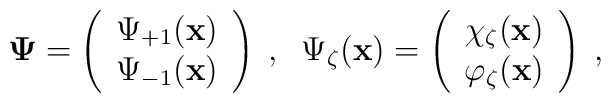
\mbox{\boldmath$\Psi$\unboldmath}=\left( \begin{array}{c}\Psi _{+1}({\bf x}) \\ \Psi _{-1}({\bf x})\end{array}\right) \;,\;\;\Psi _{\zeta }({\bf x})=\left( \begin{array}{c}\chi _{\zeta }({\bf x}) \\ \varphi _{\zeta }({\bf x})\end{array}\right) \;,